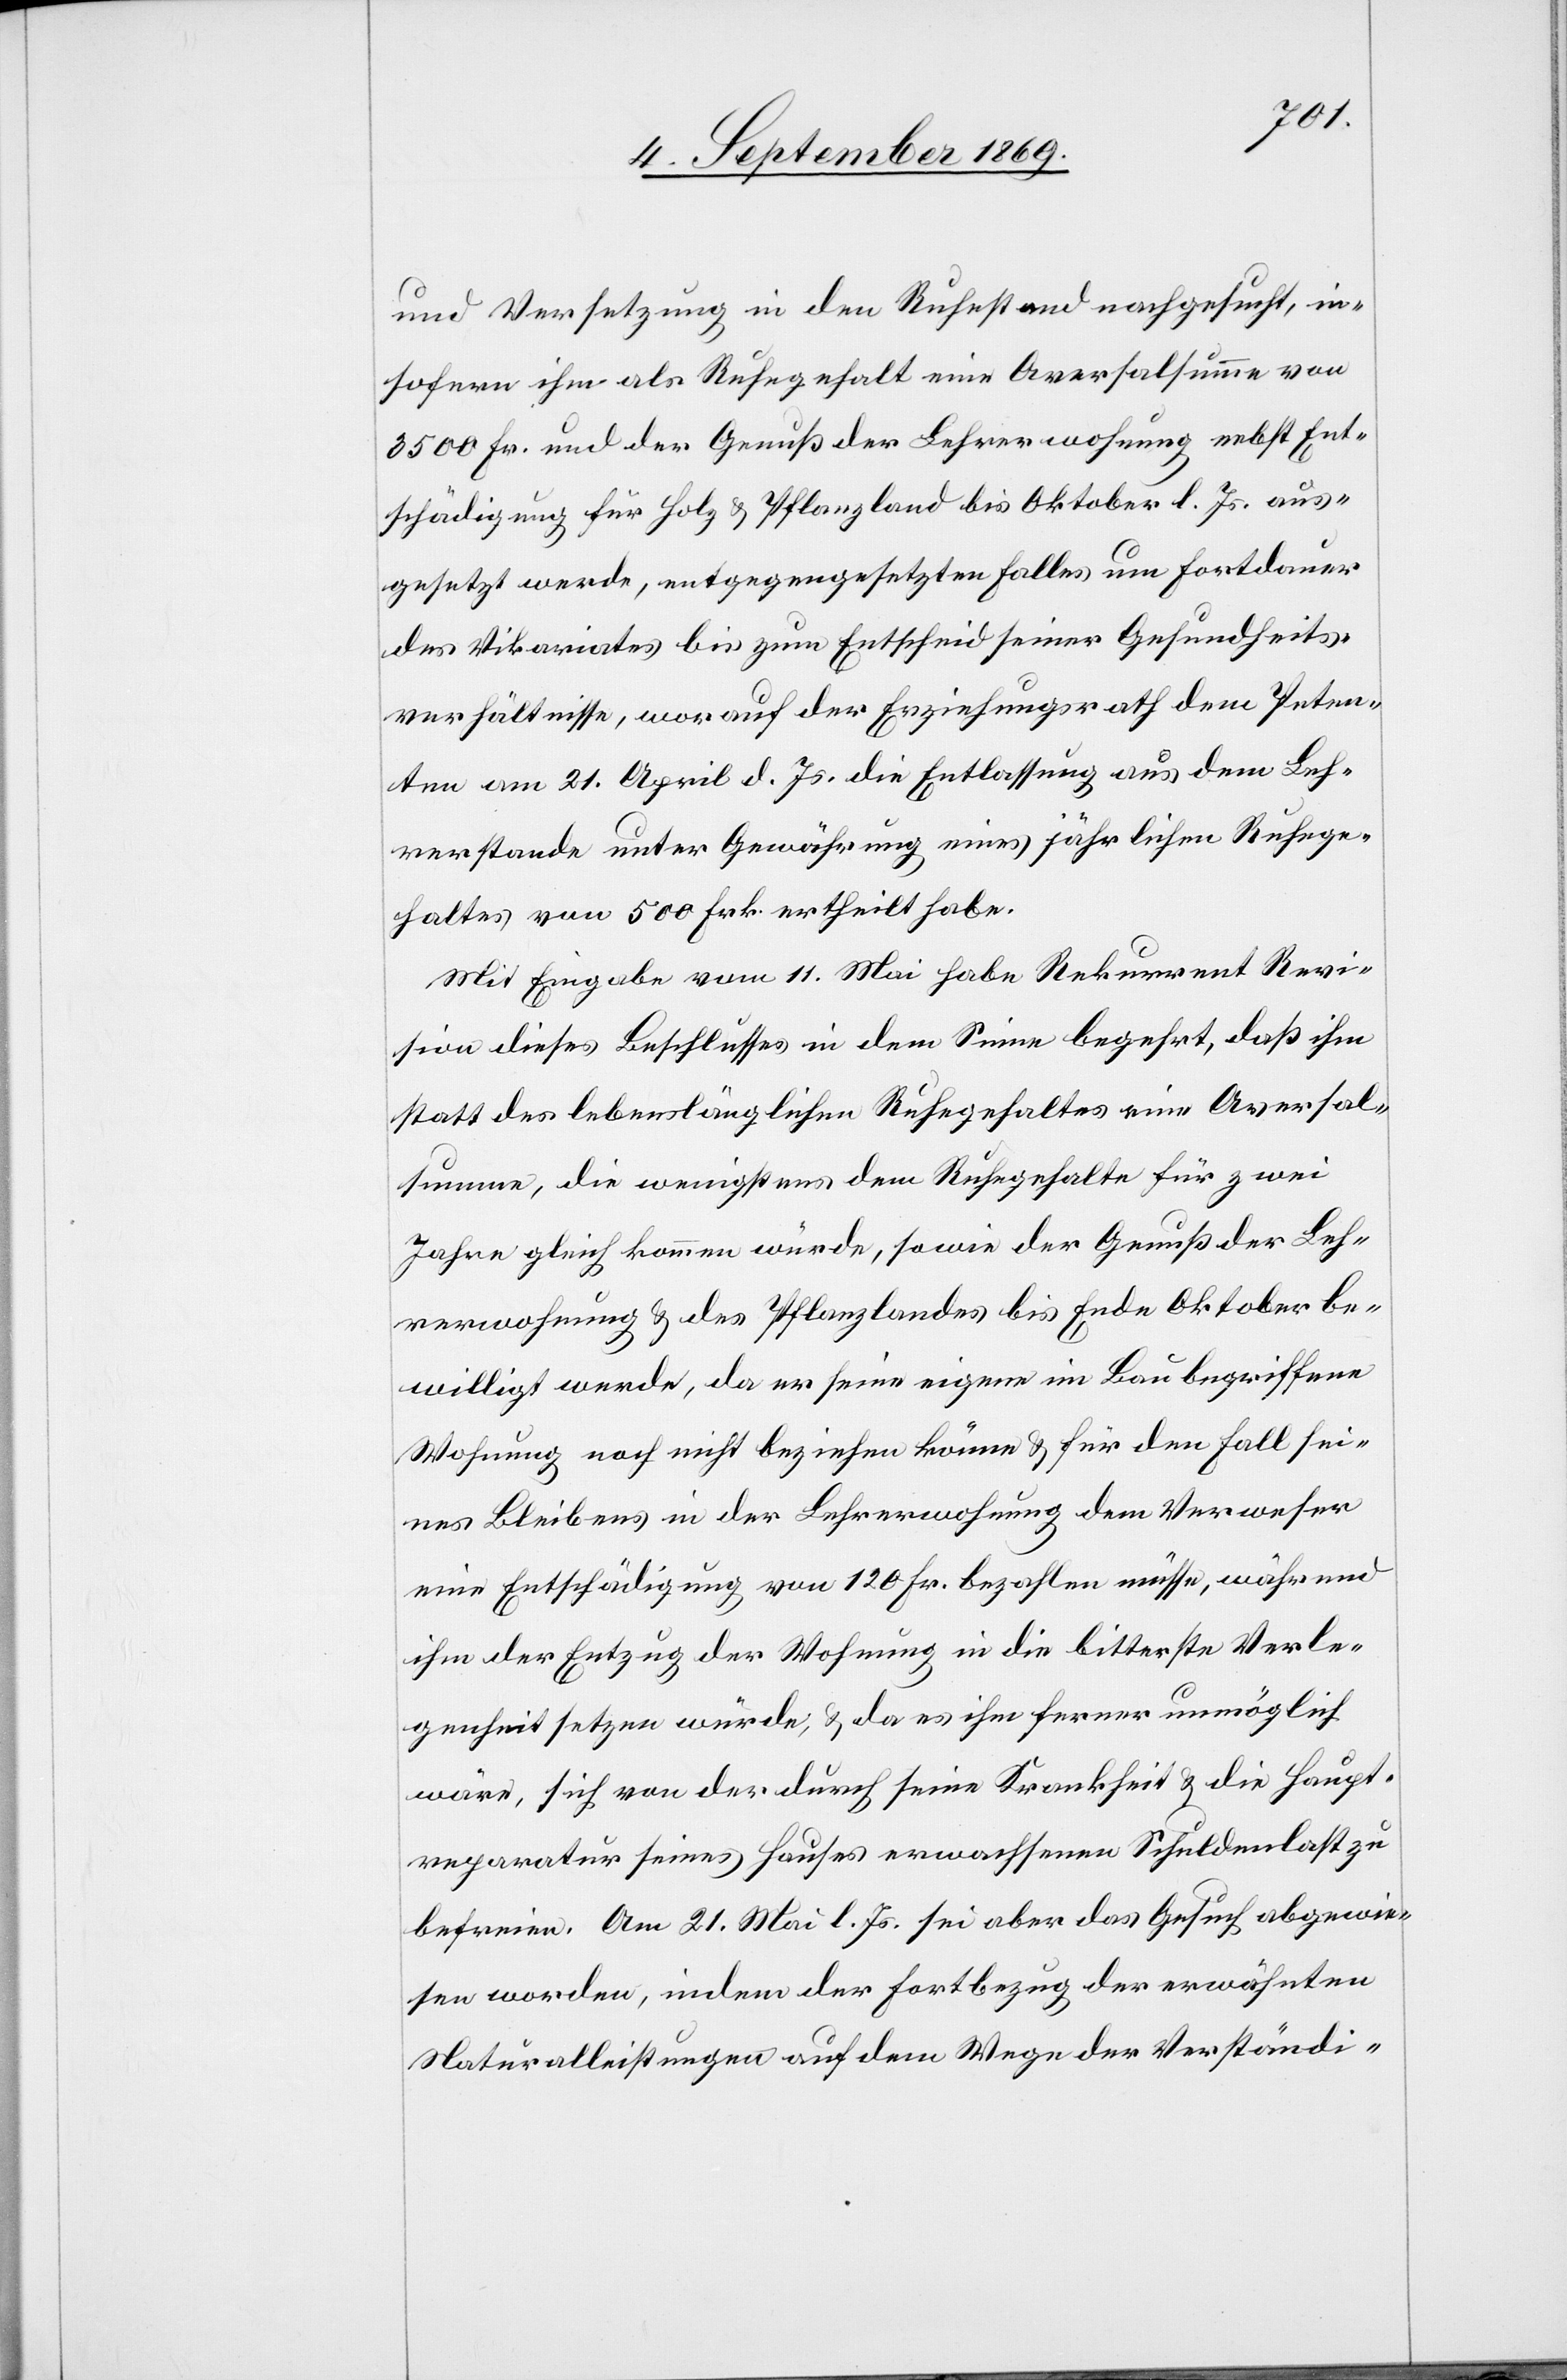
und Versetzung in den Ruhestand nachgesucht, in¬
sofern ihm als Ruhegehalt eine Aversalsumme von
3500 Fr. und der Genuß der Lehrerwohnung nebst Ent¬
schädigung für Holz & Pflanzland bis Oktober l. Js. aus¬
gesetzt werde, entgegengesetzten Falles um Fortdauer
des Vikariates bis zum Entscheid seiner Gesundheits¬
verhältnisse, worauf der Erziehungsrath dem Peten¬
ten am 21. April d. Js. die Entlassung aus dem Leh¬
rerstande unter Gewährung eines jährlichen Ruhege¬
haltes von 500 Frk. ertheilt habe.
Mit Eingabe vom 11. Mai habe Rekurrent Revi¬
sion dieses Beschlusses in dem Sinne begehrt, daß ihm
statt des lebenslänglichen Ruhegehaltes eine Aversal¬
summe, die wenigstens dem Ruhegehalte für zwei
Jahre gleich kommen würde, sowie der Genuß der Leh¬
rerwohnung & des Pflanzlandes bis Ende Oktober be¬
willigt werde, da er seine eigene im Bau begriffene
Wohnung noch nicht beziehen könne & für den Fall sei¬
nes Bleibens in der Lehrerwohnung dem Verweser
eine Entschädigung von 120 Fr. bezahlen müsse, während
[sic!] der Entzug der Wohnung in die bitterste Verle¬
genheit setzen würde, & da es ihm ferner unmöglich
wäre, sich von der durch seine Krankheit & die Haupt¬
reparatur seines Hauses erwachsenen Schuldenlast zu
befreien. Am 21. Mai l. Js. sei aber das Gesuch abgewie¬
sen worden, indem der Fortbezug der erwähnten
Naturalleistungen auf dem Wege der Verständi-